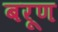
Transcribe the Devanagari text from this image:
बरूण